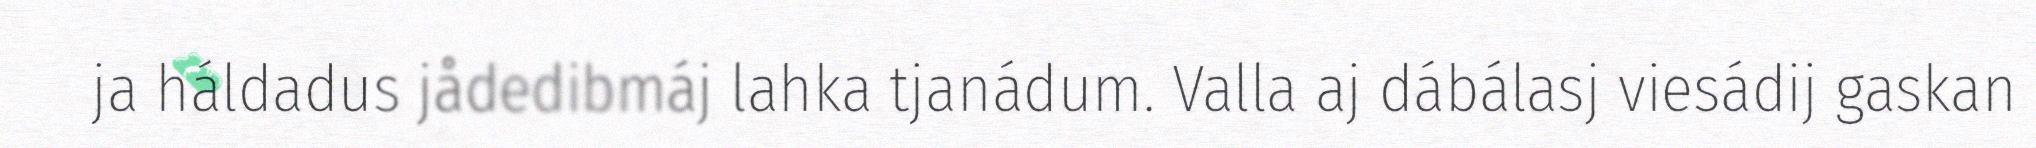
ja háldadus jådedibmáj lahka tjanádum. Valla aj dábálasj viesádij gaskan